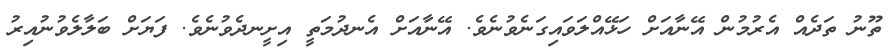
ތޫނު ތަދެއް އެރުމުން އޭނާއަށް ހަޅޭއްލަވައިގަނެވުނެވެ. އޭނާއަށް އެނދުމަތީ އިށީނދެވުނެވެ. ފަޔަށް ބަލާލެވުނުއިރު